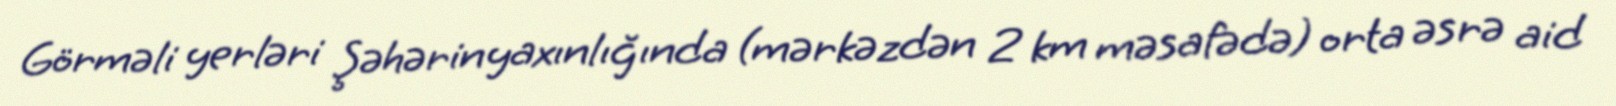
Görməli yerləri Şəhərin yaxınlığında (mərkəzdən 2 km məsafədə) orta əsrə aid